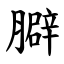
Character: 䑀